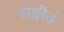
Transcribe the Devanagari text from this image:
सङ्गीतं